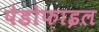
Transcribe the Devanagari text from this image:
पेडोफाइल